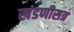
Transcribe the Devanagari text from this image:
खंडणीसत्र